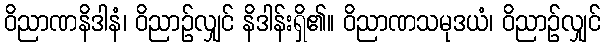
ဝိညာဏနိဒါနံ၊ ဝိညာဉ်လျှင် နိဒါန်းရှိ၏။ ဝိညာဏသမုဒယံ၊ ဝိညာဉ်လျှင်